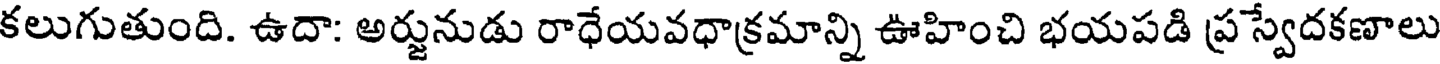
కలుగుతుంది. ఉదా: అర్జునుడు రాధేయవధాక్రమాన్ని ఊహించి భయపడి ప్రస్వేదకణాలు